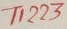
Text: T1223